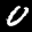
Label: 0